Report on sanitation, dispensaries, and jails in Rajputana for 1914, and on vaccination for the year 1914-1915 - 1914-1915
Year: 1914
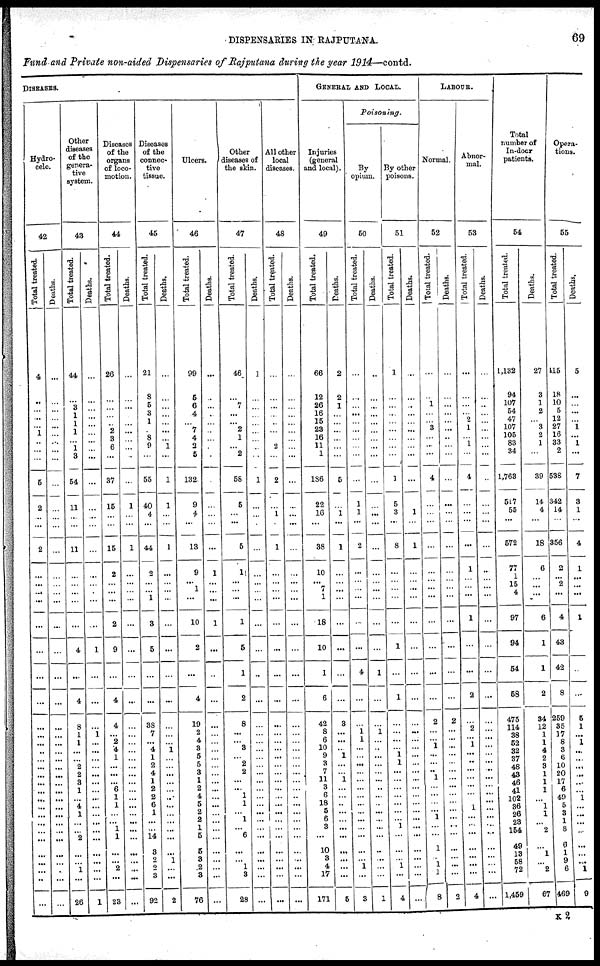
DISPENSARIES IN RAJPUTANA.
69
Fund and Private non-aided Dispensaries of Rajputana during the year 1914—contd.
DISEASES
Hydro-
cele
42
Total treated.
4
..
...
...
... 1
...
...
...
5
2
...
...
2
...
...
...
...
...
...
...
...
...
...
...
...
...
...
...
...
...
...
...
...
...
...
...
...
...
...
...
...
Deaths.
...
...
...
...
...
...
...
...
...
...
...
...
...
...
...
...
...
...
...
...
...
...
...
...
...
...
...
...
...
...
...
...
...
...
...
...
...
...
...
...
...
...
Other
diseases
of the
genera¬
tive
system.
43
Total treated.
44
...
3 1
1
1
...
1
3
54
11
...
...
11
...
...
...
...
...
4
...
4
8
1
1
...
...
2
2
3
1
... 4
1
...
... 2
...
...
1
...
26
Deaths.
...
...
...
...
...
...
...
...
...
...
...
...
...
...
...
...
...
...
...
1
...
...
...
1
...
...
...
...
...
...
...
...
...
...
...
...
...
...
...
...
...
1
Diseases
of the
organs
of loco-
motion.
44
Total treated.
26
...
...
...
... 2
3
6
...
37
15
...
...
15
2
...
...
...
2
9
...
4
4
...
2
4
1
...
...
...
6
1
1
...
... 1
1
...
...
2
...
23
Deaths.
...
...
...
...
...
...
...
...
...
...
1
...
...
1
...
...
...
...
...
...
...
...
...
...
...
...
...
...
...
...
...
...
...
...
...
...
...
...
...
...
...
...
Diseases
of the
connec¬
tive
tissue.
45
Total treated.
21
8
5
3
1
...
8
9
...
55
40
4
...
44
2
...
... 1
3
5
...
...
38
7
...
4
1
2
4
1
2
2
6
1
...
... 14
3
...
... 3
92
Deaths.
...
...
...
...
...
...
...
1
...
1
1
...
...
1
...
...
...
...
...
...
...
...
...
...
...
1
...
...
...
...
...
...
...
...
...
...
...
...
1
...
...
2
Ulcers.
46
Total treated.
99
5
6
4
... 7
4
3
5
132
9
4
...
13
9
...
1
...
10
2
...
4
19
2
4
3
5
5
3
1
2
4
5
2
2
1
5
5
3
2
3
76
Deaths.
...
...
...
...
...
...
...
...
...
...
...
...
...
...
1
...
...
...
1
...
...
...
...
...
...
...
...
...
...
...
...
...
...
...
...
...
...
...
...
...
...
...
Other
diseases of
the skin.
47
Total treated.
46
...
7
...
... 2
1
...
2
58
5
...
...
5
1
...
... ...
1
5
1
2
8
...
...
3
...
2
2
... ...
1
1
...
1
... 6
...
...
1
3
28
Deaths.
1
...
...
...
...
...
...
...
...
1
...
...
...
...
...
...
...
...
...
...
...
...
...
...
...
...
...
...
...
...
...
...
...
...
...
...
...
...
...
...
...
...
All other
local
diseases.
48
Total treated.
...
...
...
...
...
...
...
2
...
2
...
1
...
1
...
...
...
...
...
...
...
...
...
...
...
...
...
...
...
...
...
...
...
...
...
...
...
...
...
...
...
...
Deaths.
...
...
...
...
...
...
...
...
...
...
...
...
...
...
...
...
...
...
...
...
...
...
...
...
...
...
...
...
...
...
...
...
...
...
...
...
...
...
...
...
...
...
GENERAL AND LOCAL.
Injuries
(general
and local).
49
Total treated.
66
12
26
16
15
23
16
11
1
186
22
16
...
38
10
...
7
1
18
10
1
6
42
8
6
10
9
3
7
11
3
6
18
5
6
3
...
10
3
4
17
171
Deaths.
2
2
1
...
...
...
...
...
...
5
...
1
...
1
...
...
...
...
...
...
...
...
3
...
...
... 1
...
...
1
...
...
...
...
...
...
...
...
...
...
...
5
Poisoning
By
opium.
50
Total treated.
...
...
...
...
...
...
...
...
...
...
1
1
...
2
...
...
...
...
...
...
4
...
...
1
1
...
...
...
...
...
...
...
...
...
...
...
...
...
...
1
...
3
Deaths.
...
...
...
...
...
...
...
...
...
...
...
...
...
...
...
...
...
...
...
...
1
...
...
1
...
...
...
...
...
...
...
...
...
...
...
...
...
...
...
...
...
1
By other
poisons.
51
Total treated.
1
...
...
...
...
...
...
...
...
1
5
3
...
8
...
...
...
...
...
1
...
1
...
...
...
... 1
1
...
...
...
...
...
...
... 1
...
...
...
1
...
4
Deaths.
...
...
...
...
...
...
...
...
...
...
...
1
...
1
...
...
...
...
...
...
...
...
...
...
...
...
...
...
...
...
...
...
...
...
...
...
...
...
...
...
...
...
LABOUR.
Normal.
52
Total treated.
...
...
1
...
...
3
...
...
...
4
...
...
...
...
...
...
...
...
...
...
...
...
2
...
...
1
...
...
...
1
...
...
...
...
1
...
...
1
...
1
1
8
Deaths.
...
...
...
...
...
...
...
...
...
...
...
...
...
...
...
...
...
...
...
...
...
...
2
...
...
...
...
...
...
...
...
...
...
...
...
...
...
...
...
...
...
2
Abnor-
mal.
53
Total treated.
...
...
...
...
2
1
...
1
...
4
...
...
...
...
1
...
...
...
1
...
...
2
...
2
...
1
...
...
...
...
...
...
...
1
...
...
...
...
...
...
...
4
Deaths.
...
...
...
...
...
...
...
...
...
...
...
...
...
...
...
...
...
...
...
...
...
...
...
...
...
...
...
...
..
...
...
...
...
...
...
...
...
...
...
...
...
...
Total
number of
In-door
patients.
54
Total treated.
1,132
94
107
54
47
107
105
83
34
1,763
517
55
...
572
77
1
15
4
97
94
54
58
475
114
38
52
32
37
48
43
46
41
102
36
26
23
154
49
13
58
72
1,459
Deaths.
27
3
1
2
... 3
2
1
...
39
14
4
...
18
6
...
... ...
6
1
1
2
34
12
1
1
4
2
3
1
1
1
...
1
1
...
2
...
1
...
2
67
Opera-
tions.
55
Total treated.
115
18
10
5
12
27
16
33
2
538
342
14
...
356
2
...
2
...
4
43
42
8
259
35
17
8
3
6
10
20
17
6
49
5
3
1
8
6
1
9
6
469
Deaths.
5
...
...
...
...
1
...
1
...
7
3
1
...
4
1
...
...
...
1
...
5
1
...
1
...
...
...
...
...
...
1
...
...
...
...
...
...
...
1
9
K 2